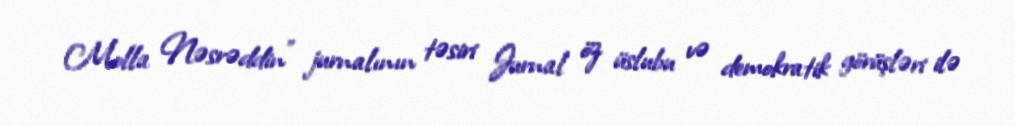
Molla Nəsrəddin" jurnalının təsiri Jurnal öz üslubu və demokratik görüşləri ilə